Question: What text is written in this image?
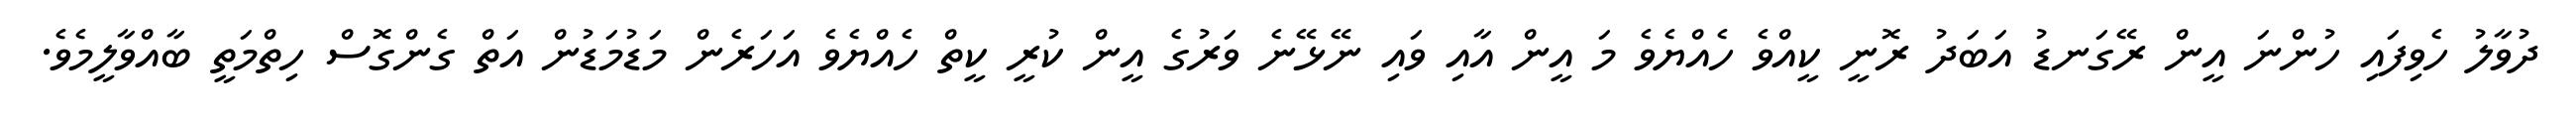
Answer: ދުވާލު ހެވިފައި ހުންނަ އީން ރޭގަނޑު އަބަދު ރޮނީ ކީއްވެ ހެއްޔެވެ މަ އީން އާއި ވައި ނޭޅޭނެ ވަރުގެ އީން ކުރީ ކީތް ހެއްޔެވެ އަހަރެން މަޑުމަޑުން އަތް ގެންގޮސް ހިތްމަތީ ބާއްވާލީމެވެ.